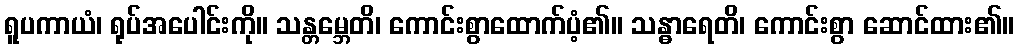
ရူပကာယံ၊ ရုပ်အပေါင်းကို။ သန္တမ္ဘေတိ၊ ကောင်းစွာထောက်ပံ့၏။ သန္ဓာရေတိ၊ ကောင်းစွာ ဆောင်ထား၏။